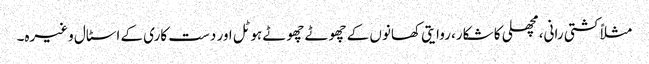
مثلاً کشتی رانی، مچھلی کا شکار، روایتی کھانوں کے چھوٹے چھوٹے ہوٹل اور دست کاری کے اسٹال وغیرہ۔